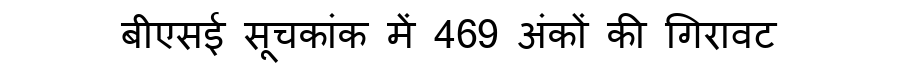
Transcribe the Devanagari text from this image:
बीएसई सूचकांक में 469 अंकों की गिरावट